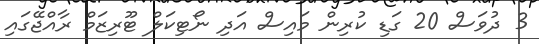
3 ދުވަސް 20 ގަޑި ކުރިން މައިސް އަދި ނޯޓިކަލް ޓޫރިޒަމް ރާއްޖޭގައި